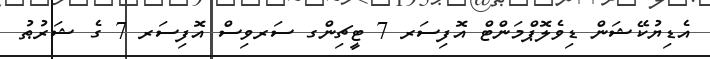
އެޑިޔުކޭޝަން ޑިވެލޮޕްމަންޓް އޮފިސަރ 7 ޓީޗިންގ ސަރވިސް އޮފިސަރ 7 ގެ ޝަރުޠު